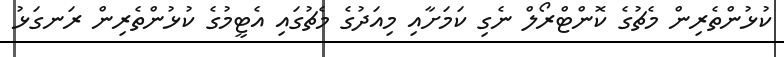
ކުޅުންތެރިން މެޗުގެ ކޮންޓްރޯލް ނެގި ކަމަށާއި މިއަދުގެ މެޗުގައި އެޓީމުގެ ކުޅުންތެރިން ރަނގަޅު